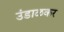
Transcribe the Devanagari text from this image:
उंडाळकर